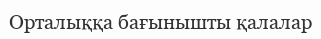
Орталыққа бағынышты қалалар